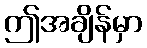
ဤအချိန်မှာ